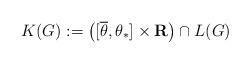
LaTeX: \begin{align*}K(G):= \big( [\overline{\theta},\theta_{\ast}]\times \mathbf{R} \big) \cap L(G)\end{align*}